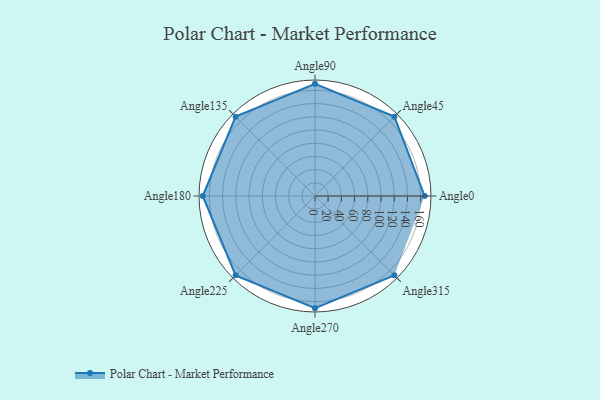
{"axis": {"x": "Angle", "y": "Radius"}, "legend": [""], "data": [{"x": "Angle0", "y": 166.0, "type": ""}, {"x": "Angle45", "y": 170, "type": ""}, {"x": "Angle90", "y": 170, "type": ""}, {"x": "Angle135", "y": 170, "type": ""}, {"x": "Angle180", "y": 170, "type": ""}, {"x": "Angle225", "y": 170, "type": ""}, {"x": "Angle270", "y": 170, "type": ""}, {"x": "Angle315", "y": 170, "type": ""}]}